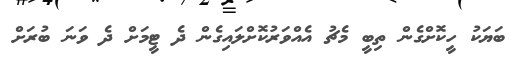
ބަޔަކު ހީކޮށްގެން ތިބީ މެޗު އެއްވަރުކޮށްލައިގެން ދެ ޓީމަށް ދެ ވަނަ ބުރަށް